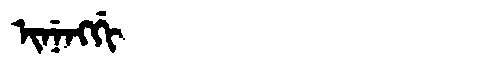
Manchu: ᡳᠨᡝᠩᡤᡳ
Romanization: INENGGI